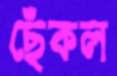
ছেঁকল